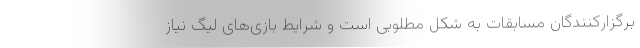
برگزارکنندگان مسابقات به شکل مطلوبی است و شرایط بازی‌های لیگ نیاز